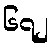
၆၇၂